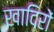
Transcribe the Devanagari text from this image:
खादिरों